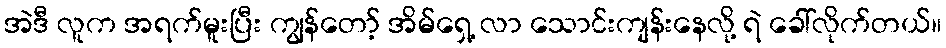
အဲဒီ လူက အရက်မူးပြီး ကျွန်တော့် အိမ်ရှေ့ လာ သောင်းကျန်းနေလို့ ရဲ ခေါ်လိုက်တယ်။